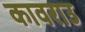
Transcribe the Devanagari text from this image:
कावराउ